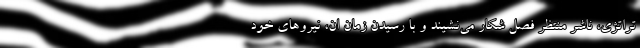
تراتژی، ناشر منتظر فصل شکار می‌نشیند و با رسیدن زمان ان، نیروهای خود